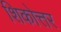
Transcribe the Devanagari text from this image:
शिकोत्तर